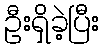
ဦးရှိခဲ့ပြီး